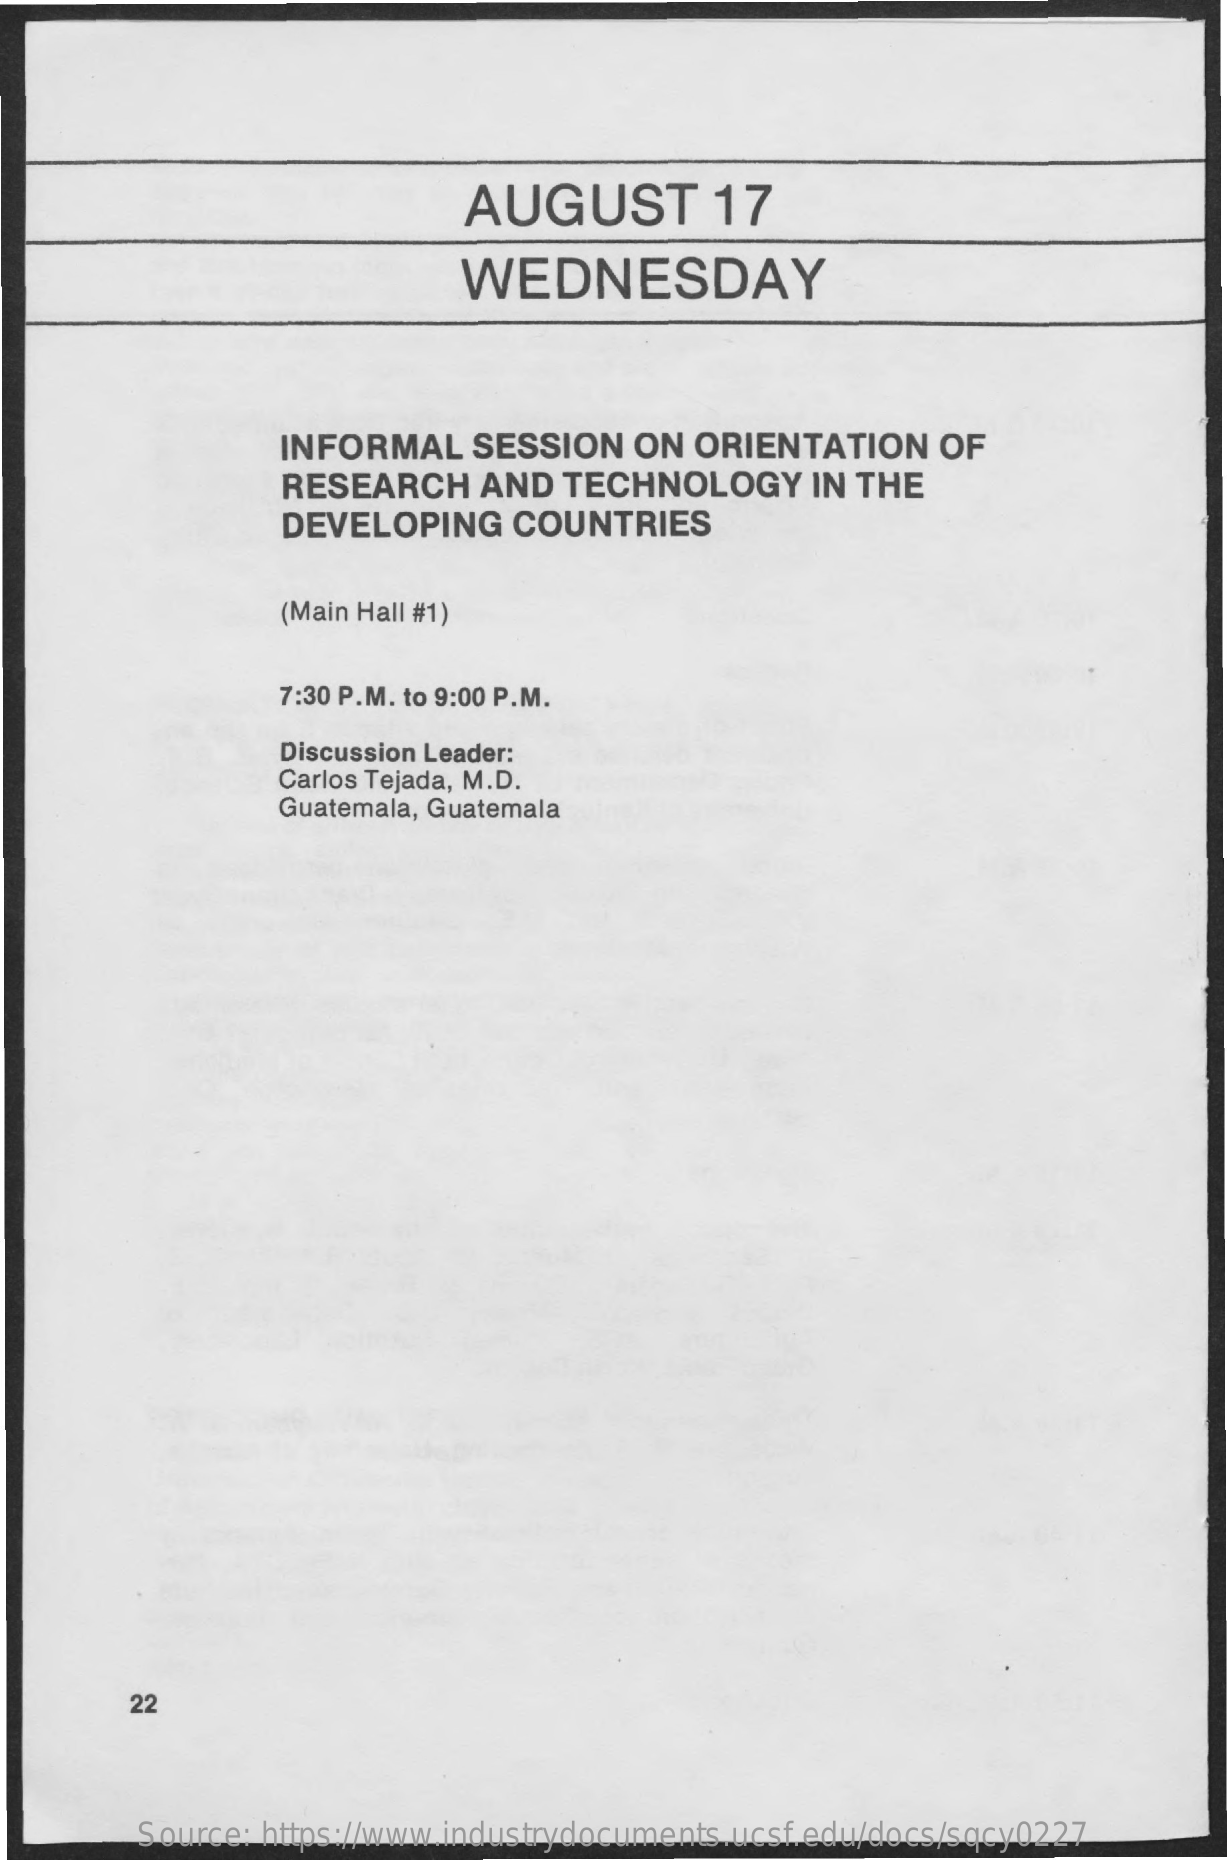
AUGUST    17
     WEDNESDAY
     INFORMAL   SESSION   ON  ORIENTATION    OF
     RESEARCH    AND  TECHNOLOGY    IN THE
     DEVELOPING    COUNTRIES
     (Main Hall #1)
     7:30 P.M. to 9:00 P.M.
     Discussion Leader:
     Carlos Tejada, M.D.
     Guatemala, Guatemala
     22
     Source: https://www.industrydocuments.ucsf.edu/docs/sqcy0227